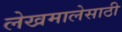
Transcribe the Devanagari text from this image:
लेखमालेसाठी